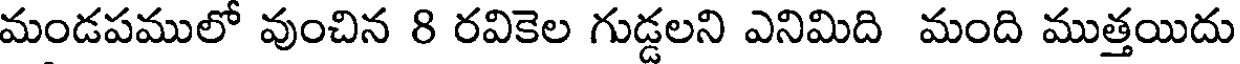
మండపములో వుంచిన 8 రవికెల గుడ్డలని ఎనిమిది మంది ముత్తయిదు